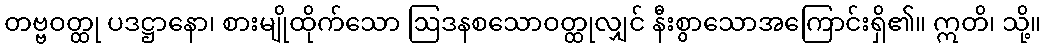
တဗ္ဗဝတ္ထု ပဒဋ္ဌာနော၊ စားမျိုထိုက်သော ဩဒနစသောဝတ္ထုလျှင် နီးစွာသောအကြောင်းရှိ၏။ ဣတိ၊ သို့။